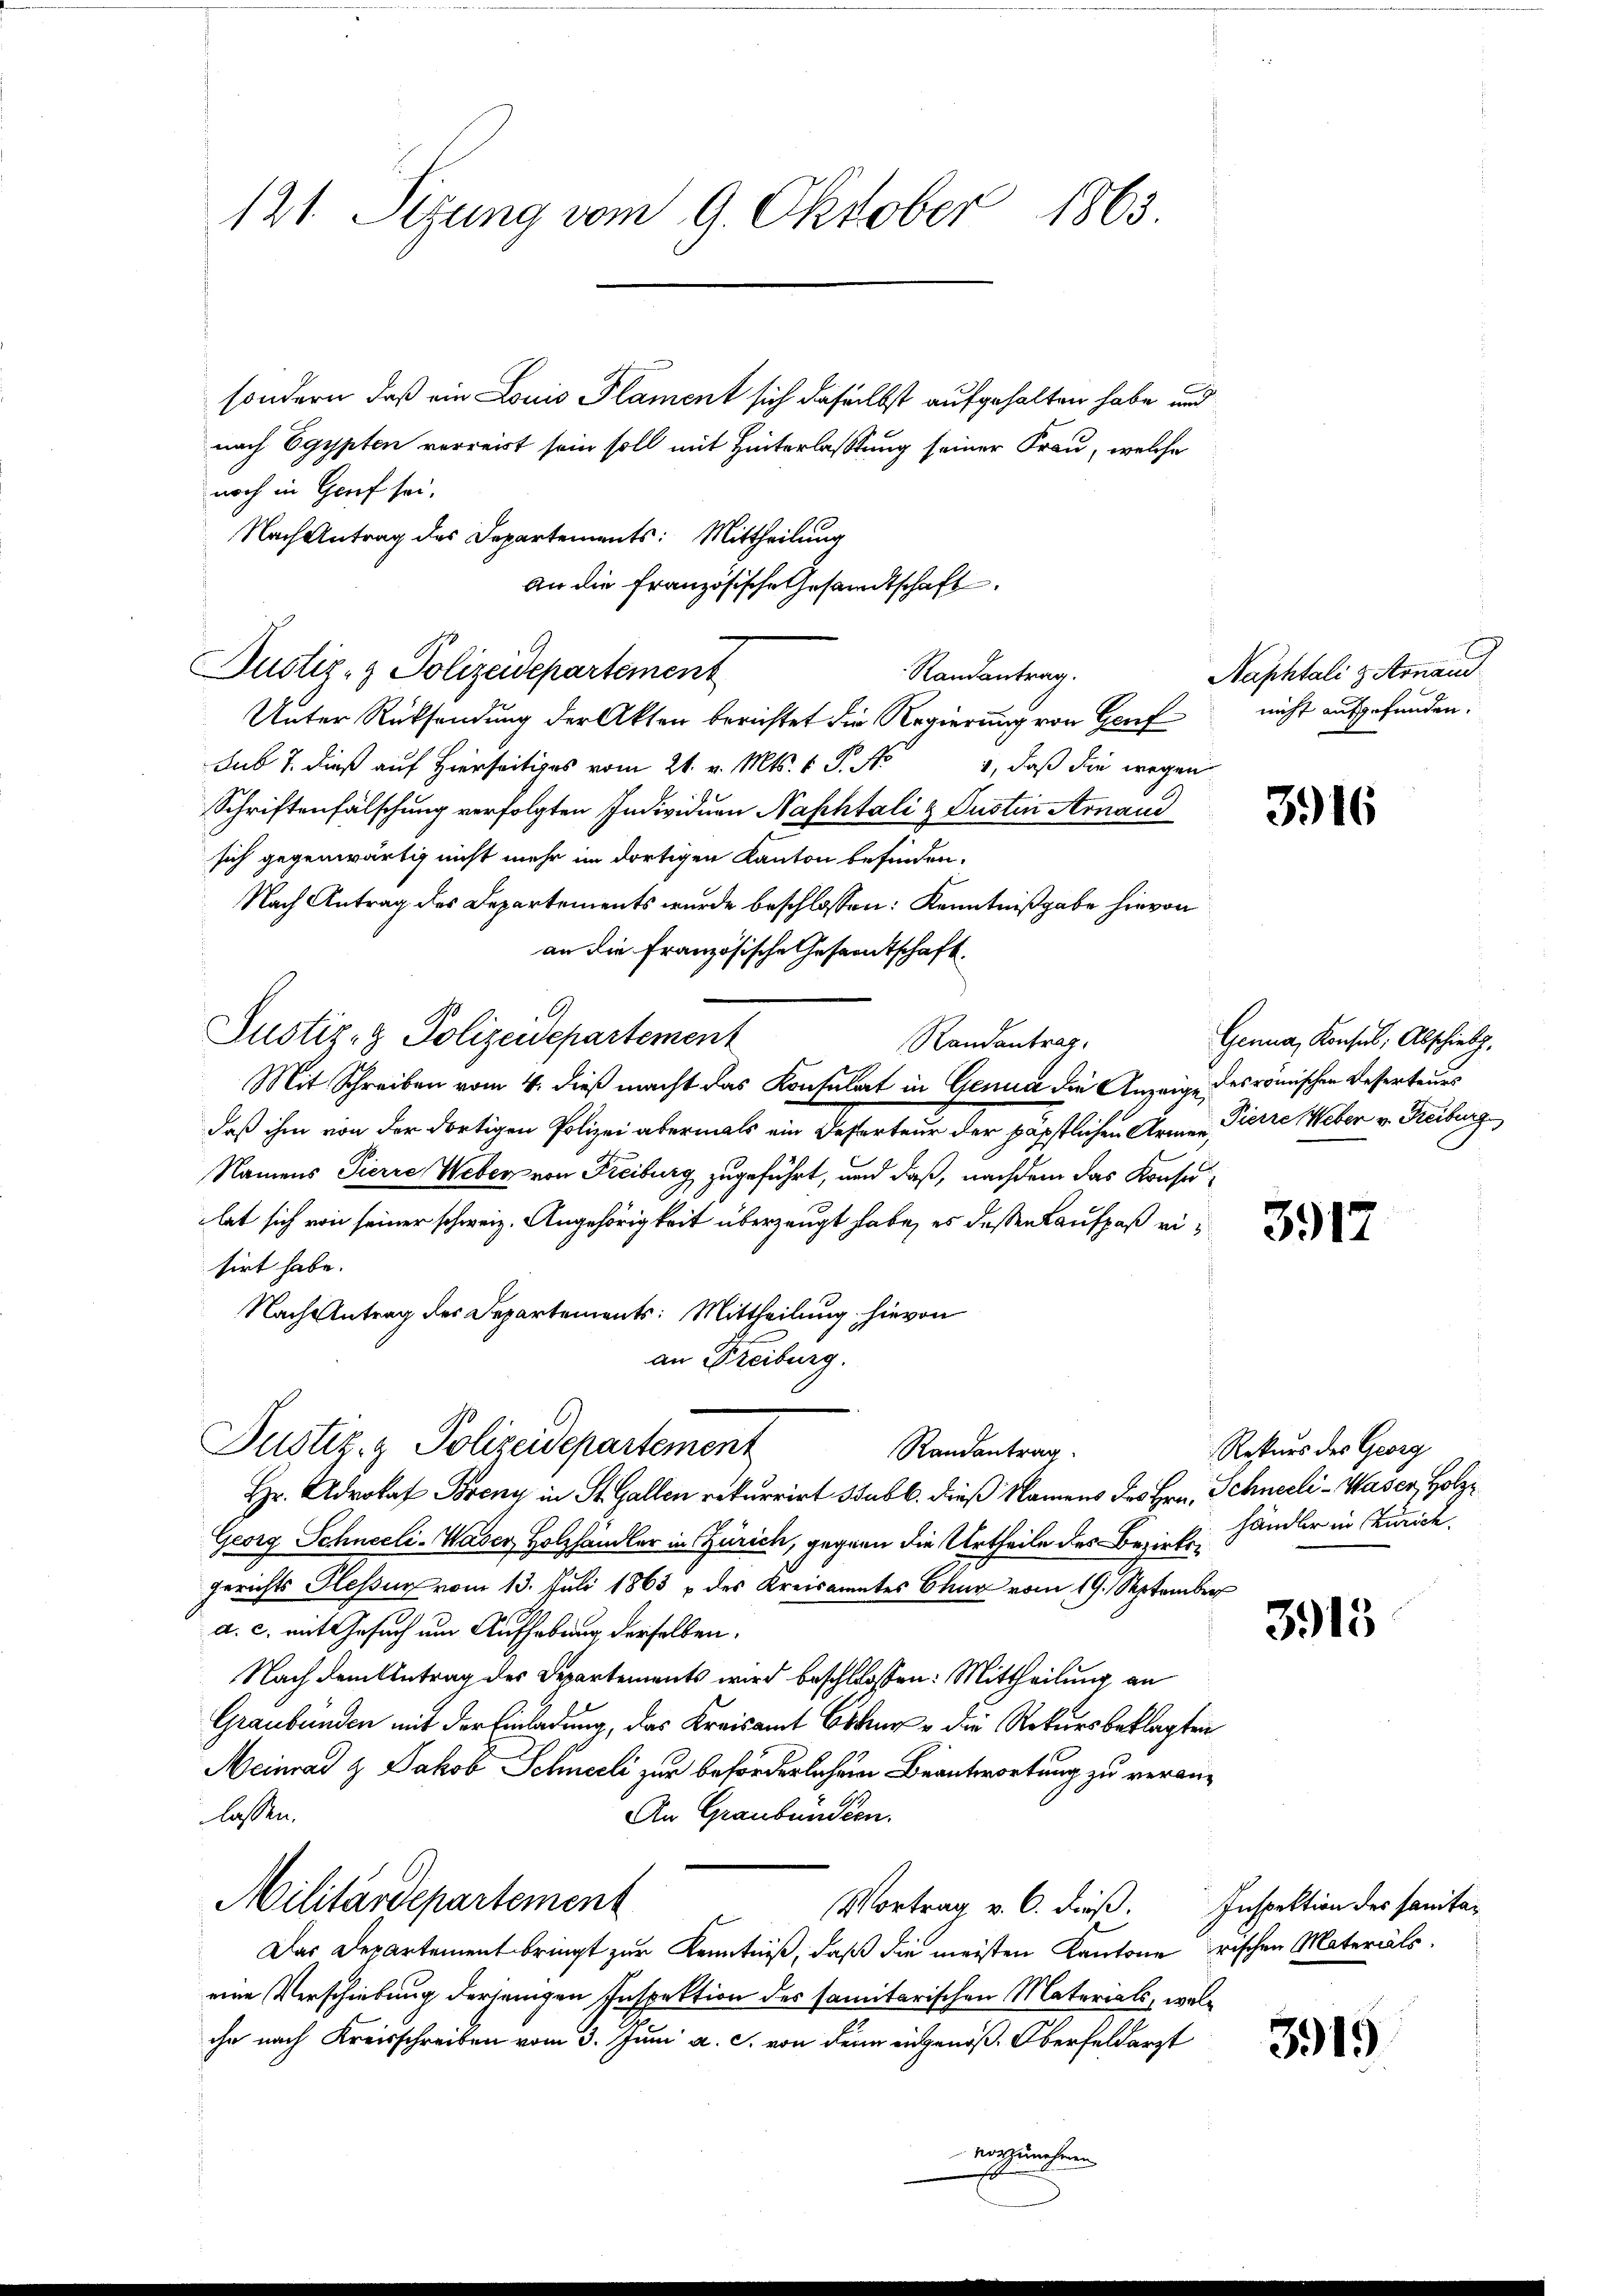
121. Sizung vom 9. Oktober 1863.

sondern, daß ein Louis Plament sich daselbst aufgehalten habe und
nach Egypten verreist sein soll mit Hinterlastung seiner Frau, welche
noch in Graf sei,
Nach Antrag des Departements: Mittheilung
An die Französische Gesandtschaft
Justiz- & Polizeidepartement
Randantrag.
Unter Rücksendung der Akten berichtet die Regierung von Genf
sub 7. dieß auf Hierseitiges vom 21. v. Mts. v. P. Nr. 1, daß die wegen
Schriftenfälschung verfolgten Individuen Naphtali & Justin Arnaud
sich gegenwärtig nicht mehr im dortigen Kanton befinden.
Nach Antrag des Departements wurde beschlossen: Kenntnißgabe hievon
an die Französische Gesamtschaft.
Justiz- & Polizeidepartement
Randantrag,
Mit Schreiben vom 4. dieß macht das Kontulat in Genua die Anzeige des römischen Reserteurs
daß ihm von der dortigen Polizei abermals ein Deserteur der päpstlichen Arme Pierre Weber v. Freiberg
Namens Pierre Weber von Freiburg zugeführt, und daß, nachdem das Konsulet sich von seiner schweiz. Angehörigkeit überzeugt habe, es dessen Kaufpaß eisirt habe.
Nach Antrag des Departements: Mittheilung hievon
an Freiburg.
Justiz- & Polizeidepartement
Randantrag.
Hr. Advokat Breny in St. Gallen rekurrirt sub b. dieß Namens des Hrn. Schneeli-Waser, Holz¬
Georg Schneeli-Waser Holzhandler in Zürich, gegenn die Urtheile des Bezirksgerichts Plessur vom 13. Juli 1863 & des Kreisamtes Chur vom 19. September
a. c. mit Gesuch um Aufhebung derselben.
Nach dem Antrag des Departements wird beschlossen: Mittheilung an
Graubünden mit der Einladung, das Kreisamt Otten die Rekursbeklagten
Meinrad & Jakob Schneeli zur beförderlichem Beantwortung zu veranlassen.
An Graubünden.
Militärdepartement
Vortrag v. C. dieß. Inspektion der sanita-
Das Departement bringt zur Kenntniß, daß die meisten Kantone frischen Materals
eine Verschiebung derjenigen Inspektion des samitarischen Materials, welihn nach Kreisschreiben vom 3. Juni a. c. von denn eingenoß Oberfeldarzt
vorzunehmen

Naphtali z Arnau
nicht aufgefunden.

3916

Genua, Konsul, Abschied,

3917

Rekurs des Georg
händler in Zürich.

3915

3919